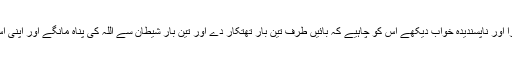
اس کے علاوہ آپ صلی اللہ علیہ وسلم نے ہدایت دی ہے کہ جو شخص برا اور ناپسندیدہ خواب دیکھے اس کو چاہیے کہ بائیں طرف تین بار تھتکار دے اور تین بار شیطان سے اللہ کی پناہ مانگے اور اپنی اس کروٹ کو تبدیل کردے جس پر وہ خواب دیکھنے کے وقت سورہا تھا۔